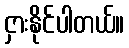
ငှားနိုင်ပါတယ်။